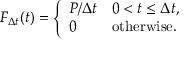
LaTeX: F _ { \Delta t } ( t ) = { \left\{ \begin{array} { l l } { P / \Delta t } & { 0 < t \leq \Delta t , } \\ { 0 } & { { \mathrm { o t h e r w i s e } } . } \end{array} \right. }